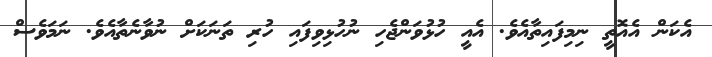
އެކަން އެއޮތީ ނިމިފައިތާއެވެ. އެއީ ހުޅުވަންޖެހި ނުހުޅިވިފައި ހުރި ތަނަކަށް ނުވާނެތާއެވެ. ނަމަވެސް